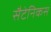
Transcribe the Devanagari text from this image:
सैटेनिकस